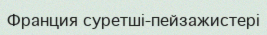
Франция суретші-пейзажистері